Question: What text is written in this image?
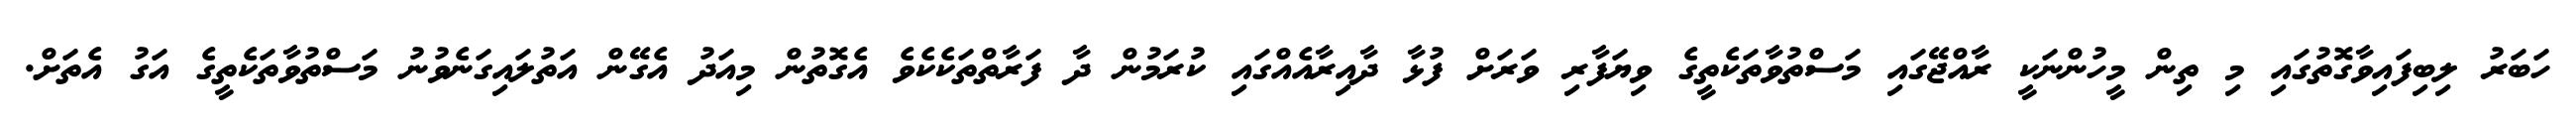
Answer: ހަބަރު ލިބިފައިވާގޮތުގައި މި ތިން މީހުންނަކީ ރާއްޖޭގައި މަސްތުވާތަކެތީގެ ވިޔަފާރި ވަރަށް ފުޅާ ދާއިރާއެއްގައި ކުރަމުން ދާ ފަރާތްތަކެކެވެ އެގޮތުން މިއަދު އެގޭން އަތުލައިގަނެވުނު މަސްތުވާތަކެތީގެ އަގު އެތަށް.